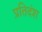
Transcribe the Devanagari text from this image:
प्रतिदंश